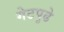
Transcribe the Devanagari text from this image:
गेटपुढे